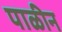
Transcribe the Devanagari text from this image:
पाळीन